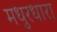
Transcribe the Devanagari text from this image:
मधुरधारा